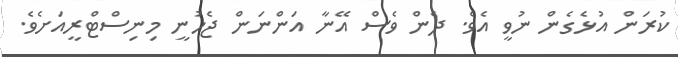
ކުރަން އުޅެގެން ނުވީ އެވެ. ދެން ވެސް އޭނާ އަންނަން ޖެހުނީ މިނިސްޓްރީއަށެވެ.